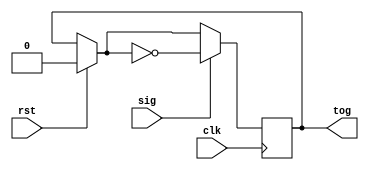
`timescale 1ns / 1ps
//////////////////////////////////////////////////////////////////////////////////
// Company: 
// Engineer: 
// 
// Design Name: 
// Module Name:    toggle 
// Project Name: 
// Target Devices: 
// Tool versions: 
// Description: 
//
// Dependencies: 
//
// Revision: 
// Revision 0.01 - File Created
// Additional Comments: 
//
//////////////////////////////////////////////////////////////////////////////////
module toggle(clk, rst, sig, tog);
  input clk;
  input rst;
  input sig;
  output tog;
  
  reg sigon;
  
  assign tog = sigon;
  
  always @ (posedge clk) begin
    if (rst)
      sigon = 0;
    if (sig)
      sigon = ~sigon;
  end


endmodule